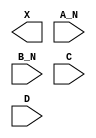
module sky130_fd_sc_hdll__and4bb (
    X  ,
    A_N,
    B_N,
    C  ,
    D
);

    output X  ;
    input  A_N;
    input  B_N;
    input  C  ;
    input  D  ;

    // Voltage supply signals
    supply1 VPWR;
    supply0 VGND;
    supply1 VPB ;
    supply0 VNB ;

endmodule